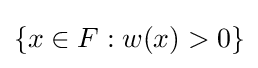
\{x\in F:w(x)>0\}